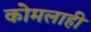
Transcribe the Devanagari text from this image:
कोमलाही